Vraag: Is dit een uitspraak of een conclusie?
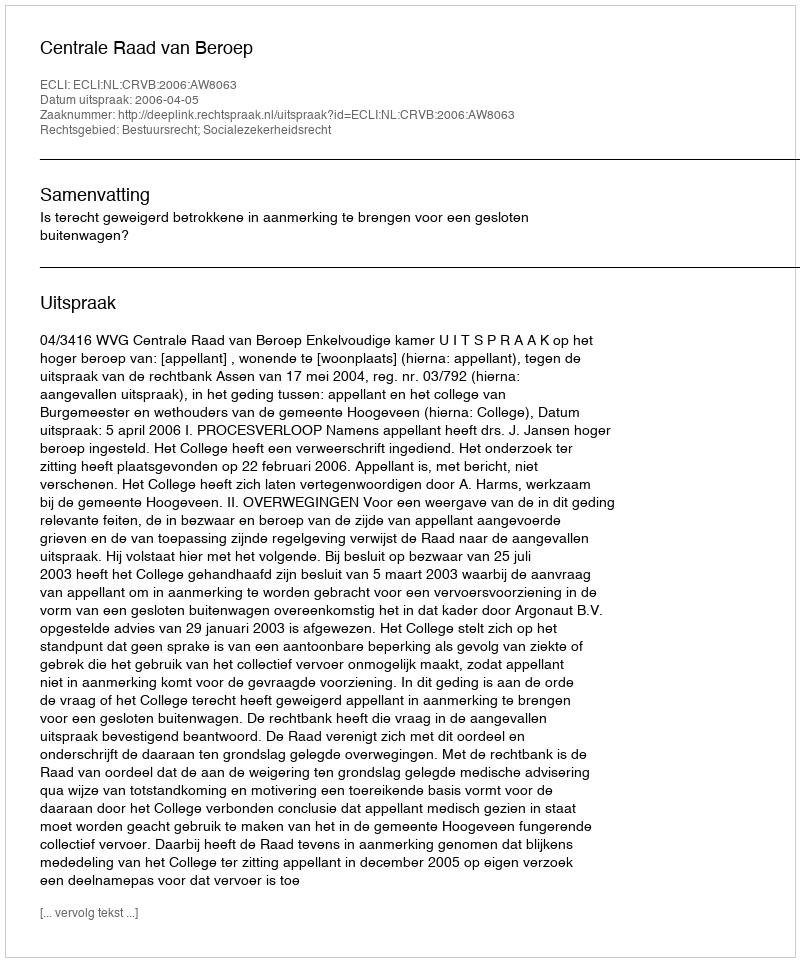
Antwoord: Uitspraak